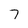
Character: 7